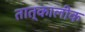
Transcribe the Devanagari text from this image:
तात्‍कालीक